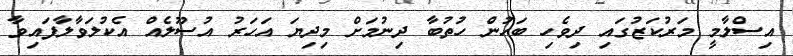
އިސްލާމީ މަރުކަޒުގައި ދިވެހި ބަހުން ހުތުބާ ދިނުމަށް މިދިޔަ އަހަރު އުސޫލެއް އެކުލަވާލާފައިވާ